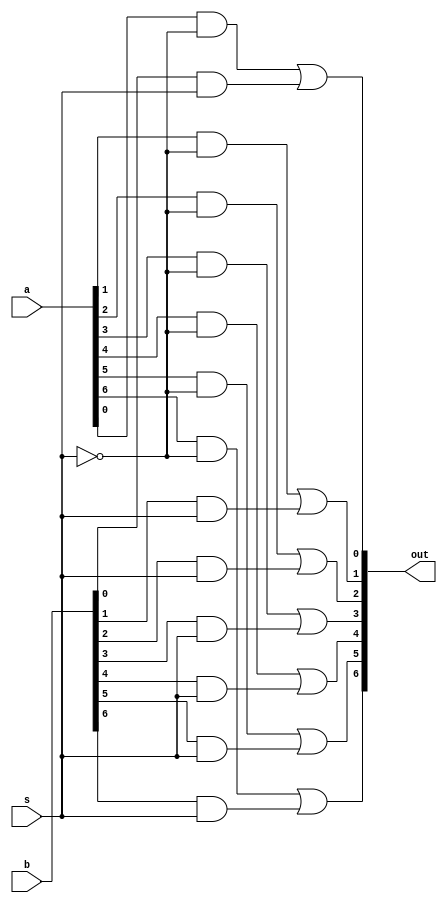
module mux14to7 (out, a, b, s);

output [6:0] out;
input  [6:0] a, b;
input  s;
wire   [6:0]w1;
wire   [6:0]w2;

and (w1[0], a[0], ~s);
and (w2[0], b[0], s);

or (out[0], w1[0], w2[0]);

and (w1[1], a[1], ~s);
and (w2[1], b[1], s);

or (out[1], w1[1], w2[1]);

and (w1[2], a[2], ~s);
and (w2[2], b[2], s);

or (out[2], w1[2], w2[2]);

and (w1[3], a[3], ~s);
and (w2[3], b[3], s);

or (out[3], w1[3], w2[3]);

and (w1[4], a[4], ~s);
and (w2[4], b[4], s);

or (out[4], w1[4], w2[4]);

and (w1[5], a[5], ~s);
and (w2[5], b[5], s);

or (out[5], w1[5], w2[5]);

and (w1[6], a[6], ~s);
and (w2[6], b[6], s);

or (out[6], w1[6], w2[6]);
endmodule